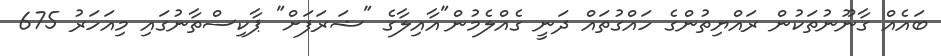
ބައެއް ގާނޫނުތަކުން ރައްޔިތުންގެ ހައްގުތައް ދަނީ ގެއްލެމުން"އާއިލާގެ "ޝަރަފަށް" ޕާކިސްތާނުގައި މިއަހަރު 675